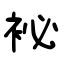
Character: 袐